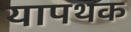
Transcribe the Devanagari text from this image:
यापथक